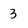
Character: 3